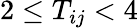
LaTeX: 2\leq T_{ij}<4